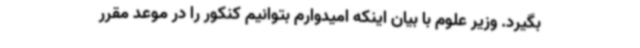
بگیرد. وزیر علوم با بیان اینکه امیدوارم بتوانیم کنکور را در موعد مقرر